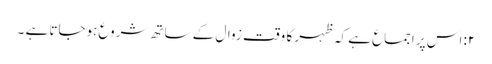
۲: اس پر اجماع ہے کہ ظہر کا وقت زوال کے ساتھ شروع ہوجاتا ہے ۔